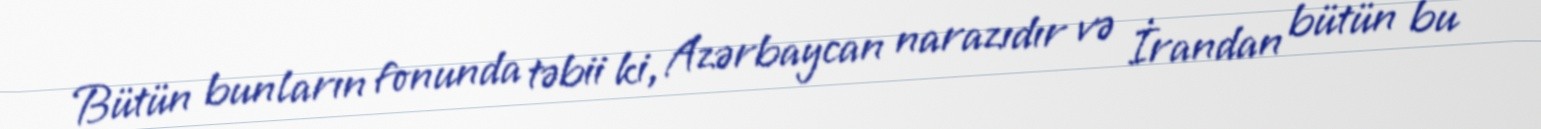
Bütün bunların fonunda təbii ki, Azərbaycan narazıdır və İrandan bütün bu